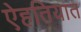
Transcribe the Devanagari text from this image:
ऐहतियात